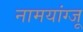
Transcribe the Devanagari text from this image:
नामयांग्जू